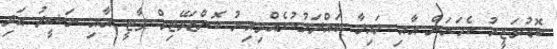
ބޮޑުވަޒީރު ކެމަރަން އާއި ލައިލާ ބައްދަލުކުރެއްވިއިރު ކޮންޒަވޭޓިވް ޕާޓީ އާއި ނަޝީދު އަދި